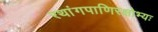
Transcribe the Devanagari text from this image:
रथांगपाणिरक्षोभ्यः